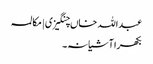
عبداللہ خاں چنگیزی | مکالمہ
بکھرا آشیانہ۔